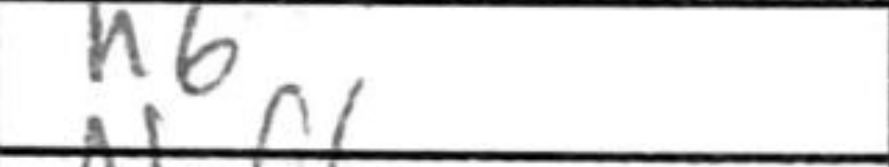
Transcription: h6